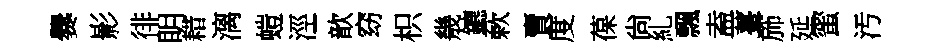
爨影徘眀耤漓螘涇歆窈枳㡬鑣蔌賣度葆尙糺飄盍薹斾延蜜汚